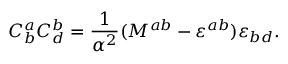
{ \cal C } _ { b } ^ { a } { \cal C } _ { d } ^ { b } = \frac { 1 } { \alpha ^ { 2 } } ( { \cal M } ^ { a b } - \varepsilon ^ { a b } ) \varepsilon _ { b d } .